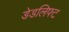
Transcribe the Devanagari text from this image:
डेडलिफ्ट